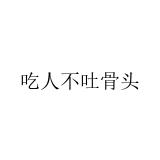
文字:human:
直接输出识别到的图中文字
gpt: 吃人不吐骨头